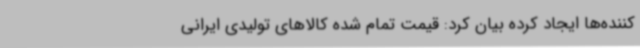
کننده‌ها ایجاد کرده بیان کرد: قیمت تمام شده کالاهای تولیدی ایرانی